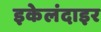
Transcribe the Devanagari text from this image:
इकेलंदाइर